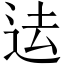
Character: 迲